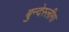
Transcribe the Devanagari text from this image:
बुन्देस्लीगा